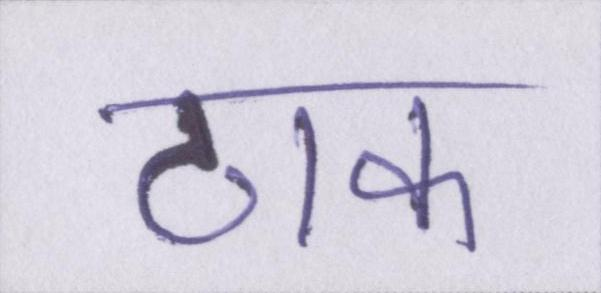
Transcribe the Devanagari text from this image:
ठाक